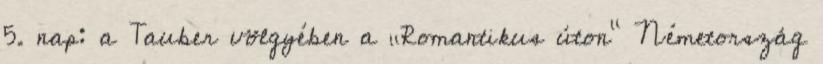
5. nap: a Tauber völgyében a „Romantikus úton” Németország